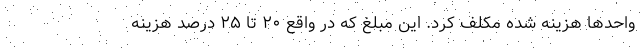
واحدها هزینه شده مکلف کرد. این مبلغ که در واقع ۲۰ تا ۲۵ درصد هزینه